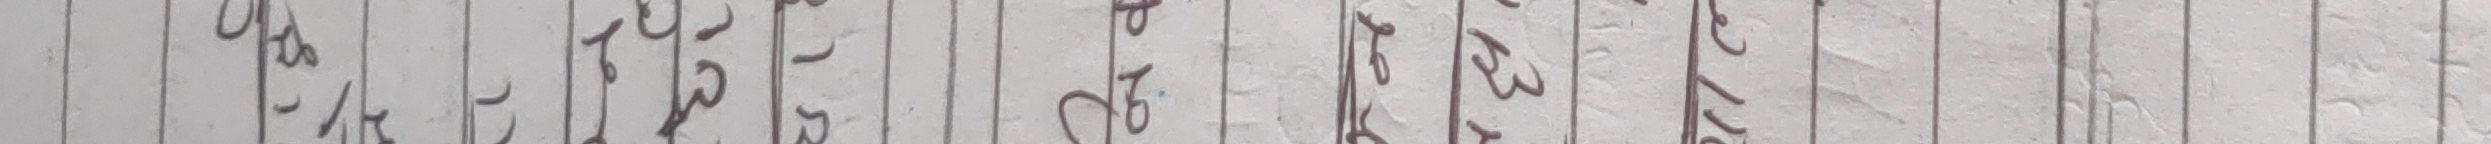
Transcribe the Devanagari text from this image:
श्री ॐ ३० सट्री